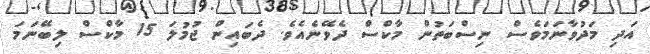
އަދި މަދުވާނަމަވެސް ނިސްބަތުން މާކްސް ދެވޭނެއެވެ. ދެބައިން ޖުމުލަ 15 މާކްސް ލިބޭނަމަ